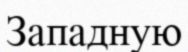
Западную